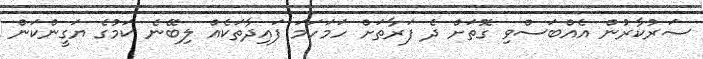
ސަރުކާރުން އެއްބަސްވި ގޮތަށް ދެ ފަރާތަށް ހަމަހަމަ ފައިދާތަކެއް ލިބޭނެ ކަމުގެ ޔަގީންކަން